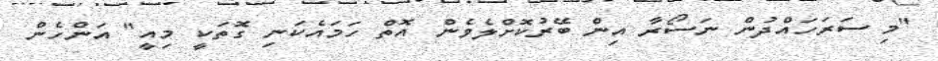
"މި ސަރަހައްދުން ނަސޯރާ އިން ބޭރުކޮށްލެވެން އޮތް ހަމައެކަނި ގޮތަކީ މިއީ" އަންހެން